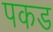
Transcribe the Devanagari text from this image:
पकड